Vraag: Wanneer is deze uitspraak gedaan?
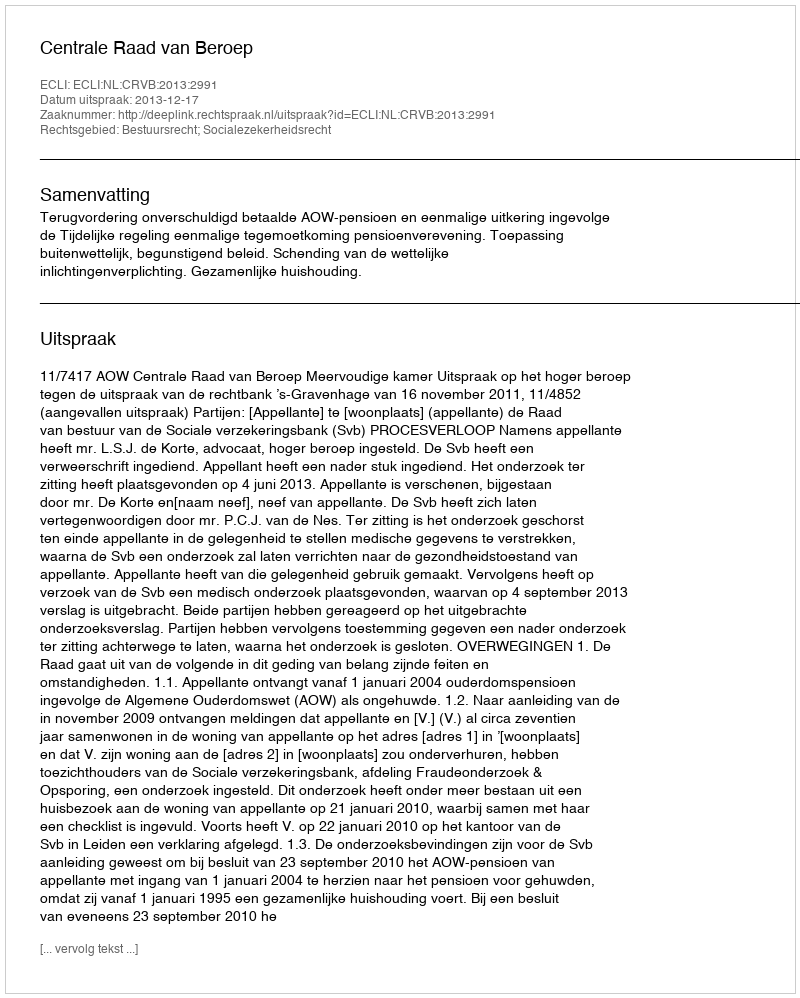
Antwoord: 2013-12-17